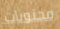
محتويات